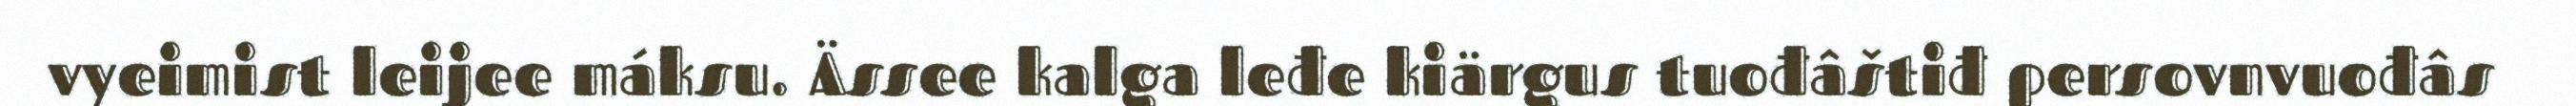
vyeimist leijee máksu. Ässee kalga leđe kiärgus tuođâštiđ persovnvuođâs